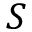
S